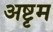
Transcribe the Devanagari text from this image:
अष्टृम